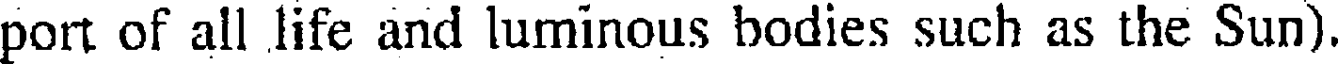
port of all life and luminous bodies such as the Sun)